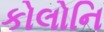
કોલોનિ